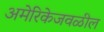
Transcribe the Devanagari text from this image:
अमेरिकेजवळील